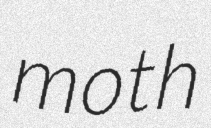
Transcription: moth